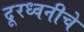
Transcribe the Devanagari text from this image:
दूरध्वनीचे